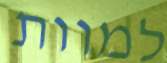
למוות